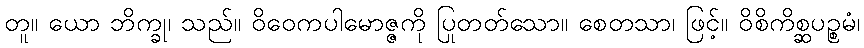
တူ။ ယော ဘိက္ခု၊ သည်။ ဝိဝေကပါမောဇ္ဇကို ပြုတတ်သော။ စေတသာ၊ ဖြင့်။ ဝိစိကိစ္ဆပဉ္စမံ၊